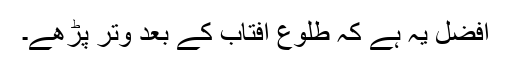
افضل یہ ہے کہ طلوع آفتاب کے بعد وتر پڑھے۔